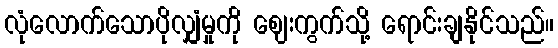
လုံလောက်သောပိုလျှံမှုကို ဈေးကွက်သို့ ရောင်းချနိုင်သည်။